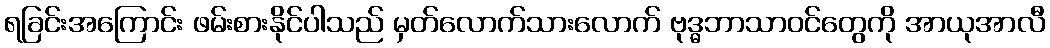
ရခြင်းအကြောင်း ဖမ်းစားနိုင်ပါသည် မှတ်လောက်သားလောက် ဗုဒ္ဓဘာသာဝင်တွေကို အာယုအာလီ